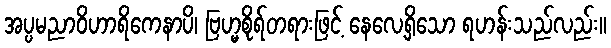
အပ္ပမညာဝိဟာရိကေနာပိ၊ ဗြဟ္မစိုရ်တရားဖြင့် နေလေ့ရှိသော ရဟန်းသည်လည်း။